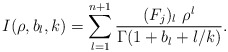
\begin{align*} I(\rho,b_l,k)=\sum_{l=1}^{n+1} \frac{(F_j)_l\ \rho^l}{\Gamma(1+b_l+l/k)}.\end{align*}